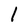
Character: l